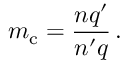
m _ { \mathrm { c } } = { \frac { n q ^ { \prime } } { n ^ { \prime } q } } \, .